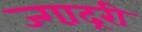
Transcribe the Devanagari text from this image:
ज्गा़द्ररी